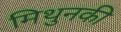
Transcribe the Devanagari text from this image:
मिथुनकी